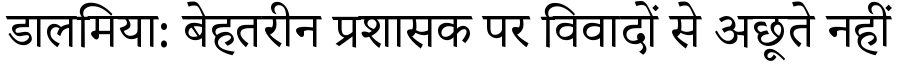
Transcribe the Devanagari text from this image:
डालमिया: बेहतरीन प्रशासक पर विवादों से अछूते नहीं